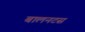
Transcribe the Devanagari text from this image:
बालनटस